Calcutta medical institutions reports 1879-81 [i.e.91]
Year: 1879
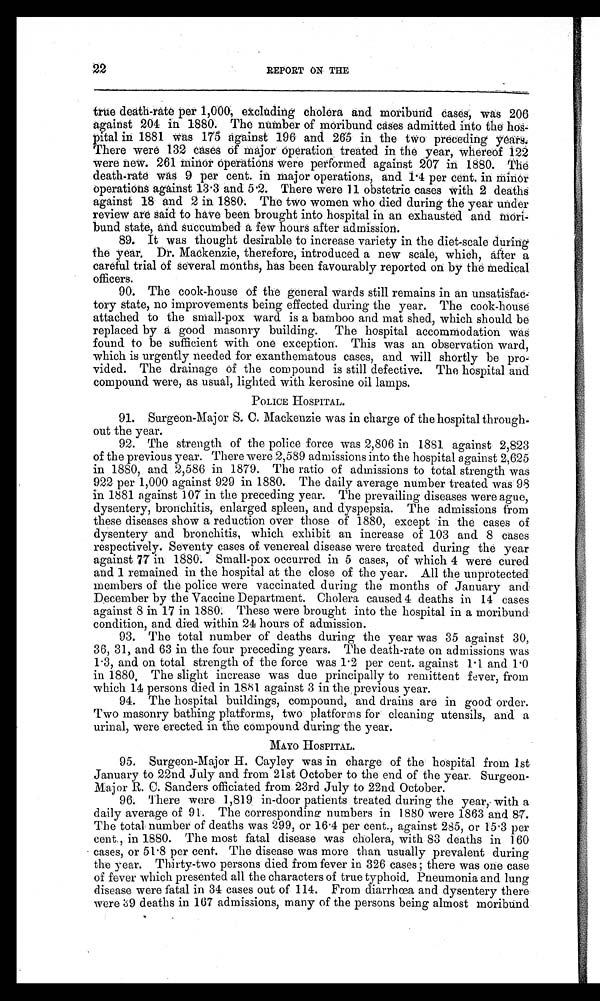
22
REPORT ON THE
true death-rate per 1,000, excluding cholera and moribund cases, was 206
against 204 in 1880. The number of moribund cases admitted into the hos
-pital in 1881 was 175 against 196 and 265 in the two preceding years.
There were 132 cases of major operation treated in the year, whereof 122
were new. 261 minor operations were performed against 207 in 1880. The
death-rate was 9 per cent. in major operations, and 1.4 per cent. in minor
operations against 13.3 and 5.2. There were 11 obstetric cases with 2 deaths
against 18 and 2 in 1880. The two women who died during the year under
review are said to have been brought into hospital in an exhausted and mori
-bund state, and succumbed a few hours after admission.
89. It was thought desirable to increase variety in the diet-scale during
t h e y e a r . Dr . Ma c k e n z i e , t h e r e f o r e , i n t r o d u c e d a n e w s c a l e , wh i c h , a f t e r a
careful trial of several months, has been favourably reported on by the medical
officers.
90. The cook-house of the general wards still remains in an unsatisfac
- t o r y s t a t e , n o i m p r o v e m e n t s b e i n g e f f e c t e d d u r i n g t h e y e a r . T h e c o o k - h o u s e
attached to the small-pox ward is a bamboo and mat shed, which should be
replaced by a good masonry building. The hospital accommodation was
found to be sufficient with one exception. This was an observation ward,
which is urgently needed for exanthematous cases, and will shortly be pro
- v i d e d . T h e d r a i n a g e o f t h e c o m p o u n d i s s t i l l d e f e c t i v e . T h e h o s p i t a l a n d
compound were, as usual, lighted with kerosine oil lamps.
POLICE HOSPITAL.
91. Surgeon-Major S. C. Mackenzie was in charge of the hospital through
-out the year.
92. The strength of the police force was 2,806 in 1881 against 2,823
of the previous year. There were 2,589 admissions into the hospital against 2,625
in 1880, and 2,586 in 1879. The ratio of admissions to total strength was
922 per 1,000 against 929 in 1880. The daily average number treated was 98
in 1881 against 107 in the preceding year. The prevailing diseases were ague,
dysentery, bronchitis, enlarged spleen, and dyspepsia. The admissions from
these diseases show a reduction over those of 1880, except in the cases of
dysentery and bronchitis, which exhibit an increase of 103 and 8 cases
respectively. Seventy cases of venereal disease were treated during the year
against 77 in 1880. Small-pox occurred in 5 cases, of which 4 were cured
and 1 remained in the hospital at the close of the year. All the unprotected
members of the police were vaccinated during the months of January and
December by the Vaccine Department. Cholera caused 4 deaths in 14 cases
against 8 in 17 in 1880. These were brought into the hospital in a moribund
condition, and died within 24 hours of admission.
93. The total number of deaths during the year was 35 against 30,
36, 31, and 63 in the four preceding years. The death-rate on admissions was
1.3, and on total strength of the force was 1.2 per cent. against 1.1 and 1.0
in 1880. The slight increase was due principally to remittent fever, from
which 14 persons died in 1881 against 3 in the previous year.
94. The hospital buildings, compound, and drains are in good order.
Two masonry bathing platforms, two platforms for cleaning utensils, and a
urinal, were erected in the compound during the year.
MAYO HOSPITAL.
95. Surgeon-Major H. Cayley was in charge of the hospital from 1st
January to 22nd July and from 21st October to the end of the year. Surgeon-
Major R. C. Sanders officiated from 23rd July to 22nd October.
96. There were 1,819 in-door patients treated during the year, with a
daily average of 91. The corresponding numbers in 1880 were 1863 and 87.
The total number of deaths was 299, or 16.4 per cent., against 285, or 15.3 per
cent., in 1880. The most fatal disease was cholera, with 83 deaths in 160
cases, or 51.8 per cent. The disease was more than usually prevalent during
the year. Thirty-two persons died from fever in 326 cases; there was one case
of fever which presented all the characters of true typhoid, Pneumonia and lung
disease were fatal in 34 cases out of 114. From diarrhœa and dysentery there
were 39 deaths in 167 admissions, many of the persons being almost moribund